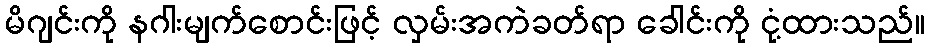
မိဂျင်းကို နဂါးမျက်စောင်းဖြင့် လှမ်းအကဲခတ်ရာ ခေါင်းကို ငုံ့ထားသည်။